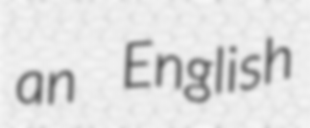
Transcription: an English